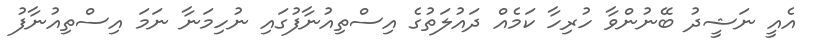
އެއީ ނަޝީދު ބޭނުންވާ ހުރިހާ ކަމެއް ދައުލަތުގެ އިސްތިއުނާފުގައި ނުހިމަނާ ނަމަ އިސްތިއުނާފު